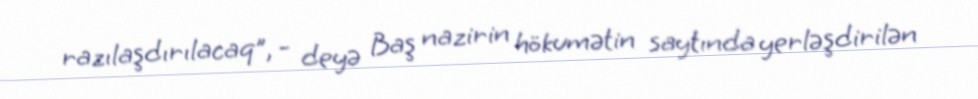
razılaşdırılacaq”, - deyə Baş nazirin hökumətin saytında yerləşdirilən